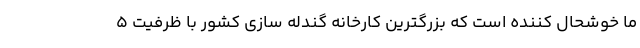
ما خوشحال کننده است که بزرگترین کارخانه گندله سازی کشور با ظرفیت ۵